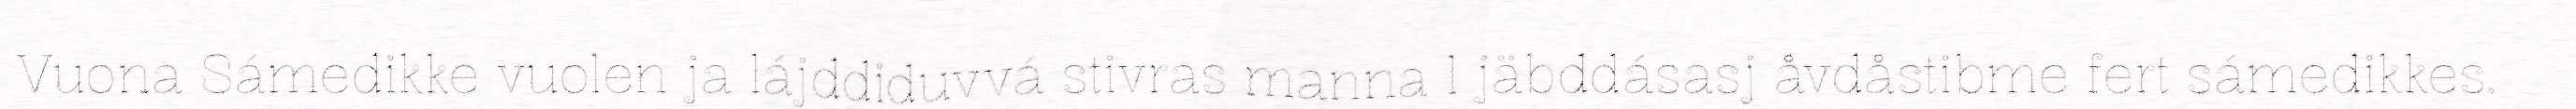
Vuona Sámedikke vuolen ja lájddiduvvá stivras manna l jäbddásasj åvdåstibme fert sámedikkes.